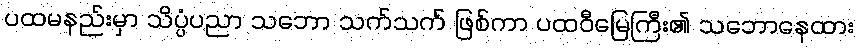
ပထမနည်းမှာ သိပ္ပံပညာ သဘော သက်သက် ဖြစ်ကာ ပထဝီမြေကြီး၏ သဘောနေထား